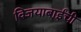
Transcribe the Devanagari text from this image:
विजयाबाईंची